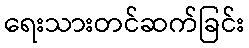
ရေးသားတင်ဆက်ခြင်း